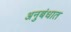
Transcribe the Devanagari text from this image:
अनुबंधात